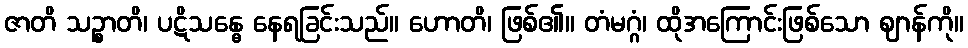
ဇာတိ သဉ္စာတိ၊ ပဋိသန္ဓေ နေရခြင်းသည်။ ဟောတိ၊ ဖြစ်၏။ တံမဂ္ဂံ၊ ထိုအကြောင်းဖြစ်သော ဈာန်ကို။